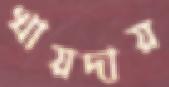
খায়দায়